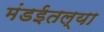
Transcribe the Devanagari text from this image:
मंडईतल्या